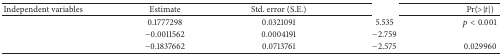
<table><thead><tr><td><b>Independent variables</b></td><td><b>Estimate</b></td><td><b>Std. error (S.E.)</b></td><td>[EMPTY_CELL]</td><td><b>Pr(&gt;|<i>t</i>|)</b></td></tr></thead><tbody><tr><td>[EMPTY_CELL]</td><td>0.1777298</td><td>0.0321091</td><td>5.535</td><td><i>p</i> &lt; 0.001</td></tr><tr><td>[EMPTY_CELL]</td><td>−0.0011562</td><td>0.0004191</td><td>−2.759</td><td>[EMPTY_CELL]</td></tr><tr><td>[EMPTY_CELL]</td><td>−0.1837662</td><td>0.0713761</td><td>−2.575</td><td>0.029960</td></tr></tbody></table>